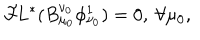
{ \cal F } \! L ^ { * } ( B _ { \mu _ { 0 } } ^ { \nu _ { 0 } } \phi _ { \nu _ { 0 } } ^ { 1 } ) = 0 , \ \forall \mu _ { 0 } ,